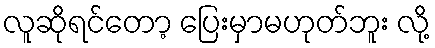
လူဆိုရင်တော့ ပြေးမှာမဟုတ်ဘူး လို့